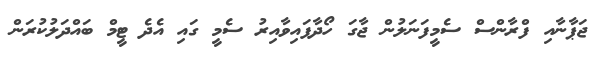
ޖަޕާނާއި ފްރާންސް ސެމީފަނަލުން ޖާގަ ހޯދާފައިވާއިރު ސެމީ ގައި އެދެ ޓީމް ބައްދަލުކުރަން